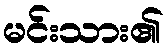
မင်းသား၏